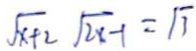
\sqrt { x + 2 } \sqrt { 2 x - 1 } = \sqrt { 3 }